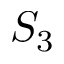
S _ { 3 }